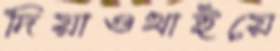
দিয়াওথাইয়ে